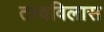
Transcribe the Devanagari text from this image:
तत्वविलास